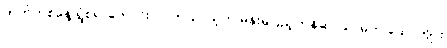
ထက်တစ်နေ့ ရွံစရာကောင်းလာတယ်၊ သူက မိန်းမပြည့်တန်ဆာသာမက ယောက်ျား